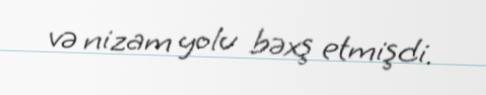
və nizam yolu bəxş etmişdi.